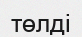
төлді